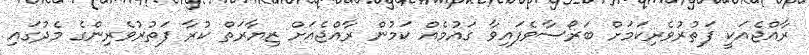
ރާއްޖެއަކީ ފަތުރުވެރިކަމަށް ބަރޯސާވެފައިވާ ގައުމެއް ކަމުން ރާއްޖެއަށް ޒިޔާރަތް ކުރާ ފަތުރުވެރިންގެ މެދުގައި